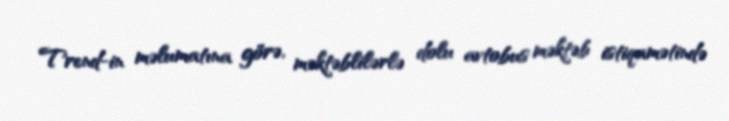
Trend-in məlumatına görə, məktəblilərlə dolu avtobus məktəb istiqamətində